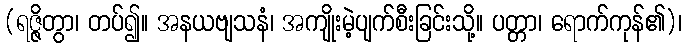
(ရဇ္ဇိတွာ၊ တပ်၍။ အနယဗျသနံ၊ အကျိုးမဲ့ပျက်စီးခြင်းသို့။ ပတ္တာ၊ ရောက်ကုန်၏)၊